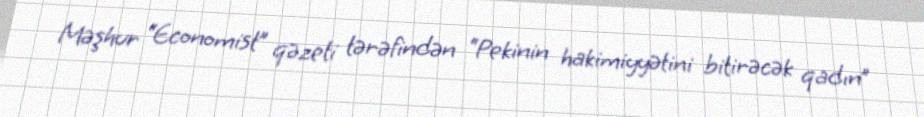
Məşhur “Economist” qəzeti tərəfindən “Pekinin hakimiyyətini bitirəcək qadın”